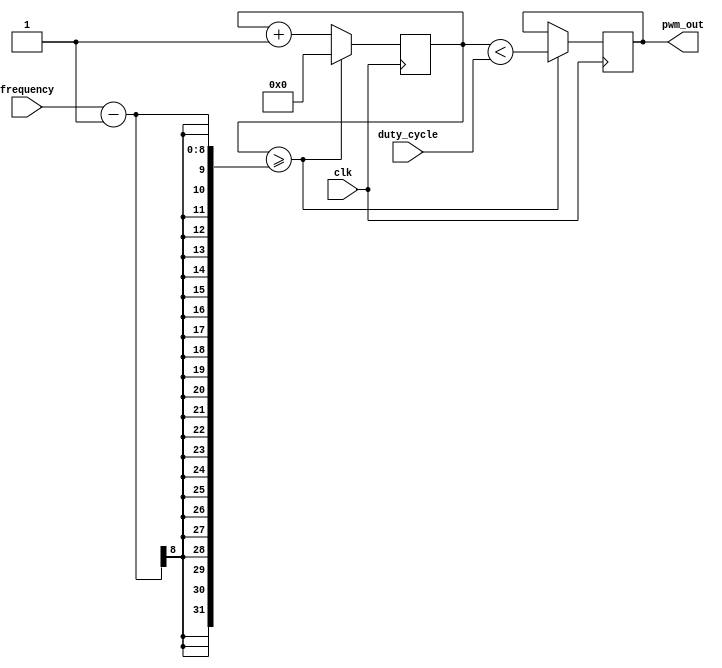
module pwm_pulse_generator(
    input wire clk,
    input wire [7:0] duty_cycle,
    input wire [7:0] frequency,
    output reg pwm_out
);

reg [15:0] count;

always @(posedge clk) begin
    count <= count + 1;
    
    if(count >= (frequency-1)) begin
        count <= 0;
        pwm_out <= (count < duty_cycle);
    end
end

endmodule